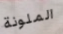
الملونة